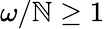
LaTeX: \omega/\mathbb{N}\geq1